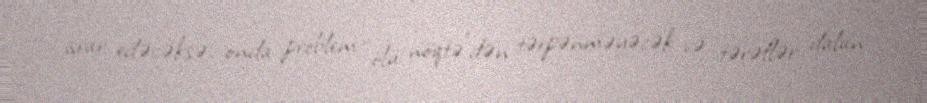
israr edəcəksə, onda problem “ölü nöqtə”dən tərpənməyəcək və tərəflər dalan